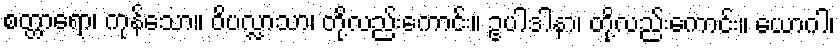
စတ္တာရော၊ ကုန်သော။ ဝိပလ္လာသာ၊ တို့လည်းကောင်း။ ဥပါဒါနာ၊ တို့လည်းကောင်း။ ယောဂါ၊